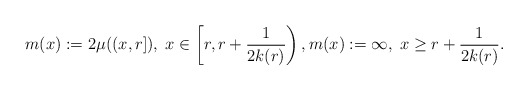
\begin{align*}m(x):=2\mu((x,r]),\; x\in \left[r, r+\frac{1}{2k(r)}\right),m(x):=\infty, \; x\geq r+\frac{1}{2k(r)}.\end{align*}